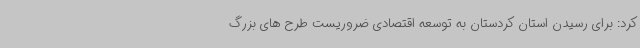
کرد: برای رسیدن استان کردستان به توسعه اقتصادی ضروریست طرح های بزرگ